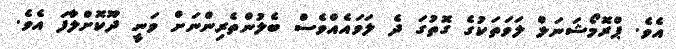
އެވެ. ޕްރޮމޯޝަނަލް ލަވަތަކުގެ ގޮތުގަ ދެ ލަވައެއްވެސް ބެލުންތެރިންނަށް ވަނީ ދޫކޮށްލާފަ އެވެ.